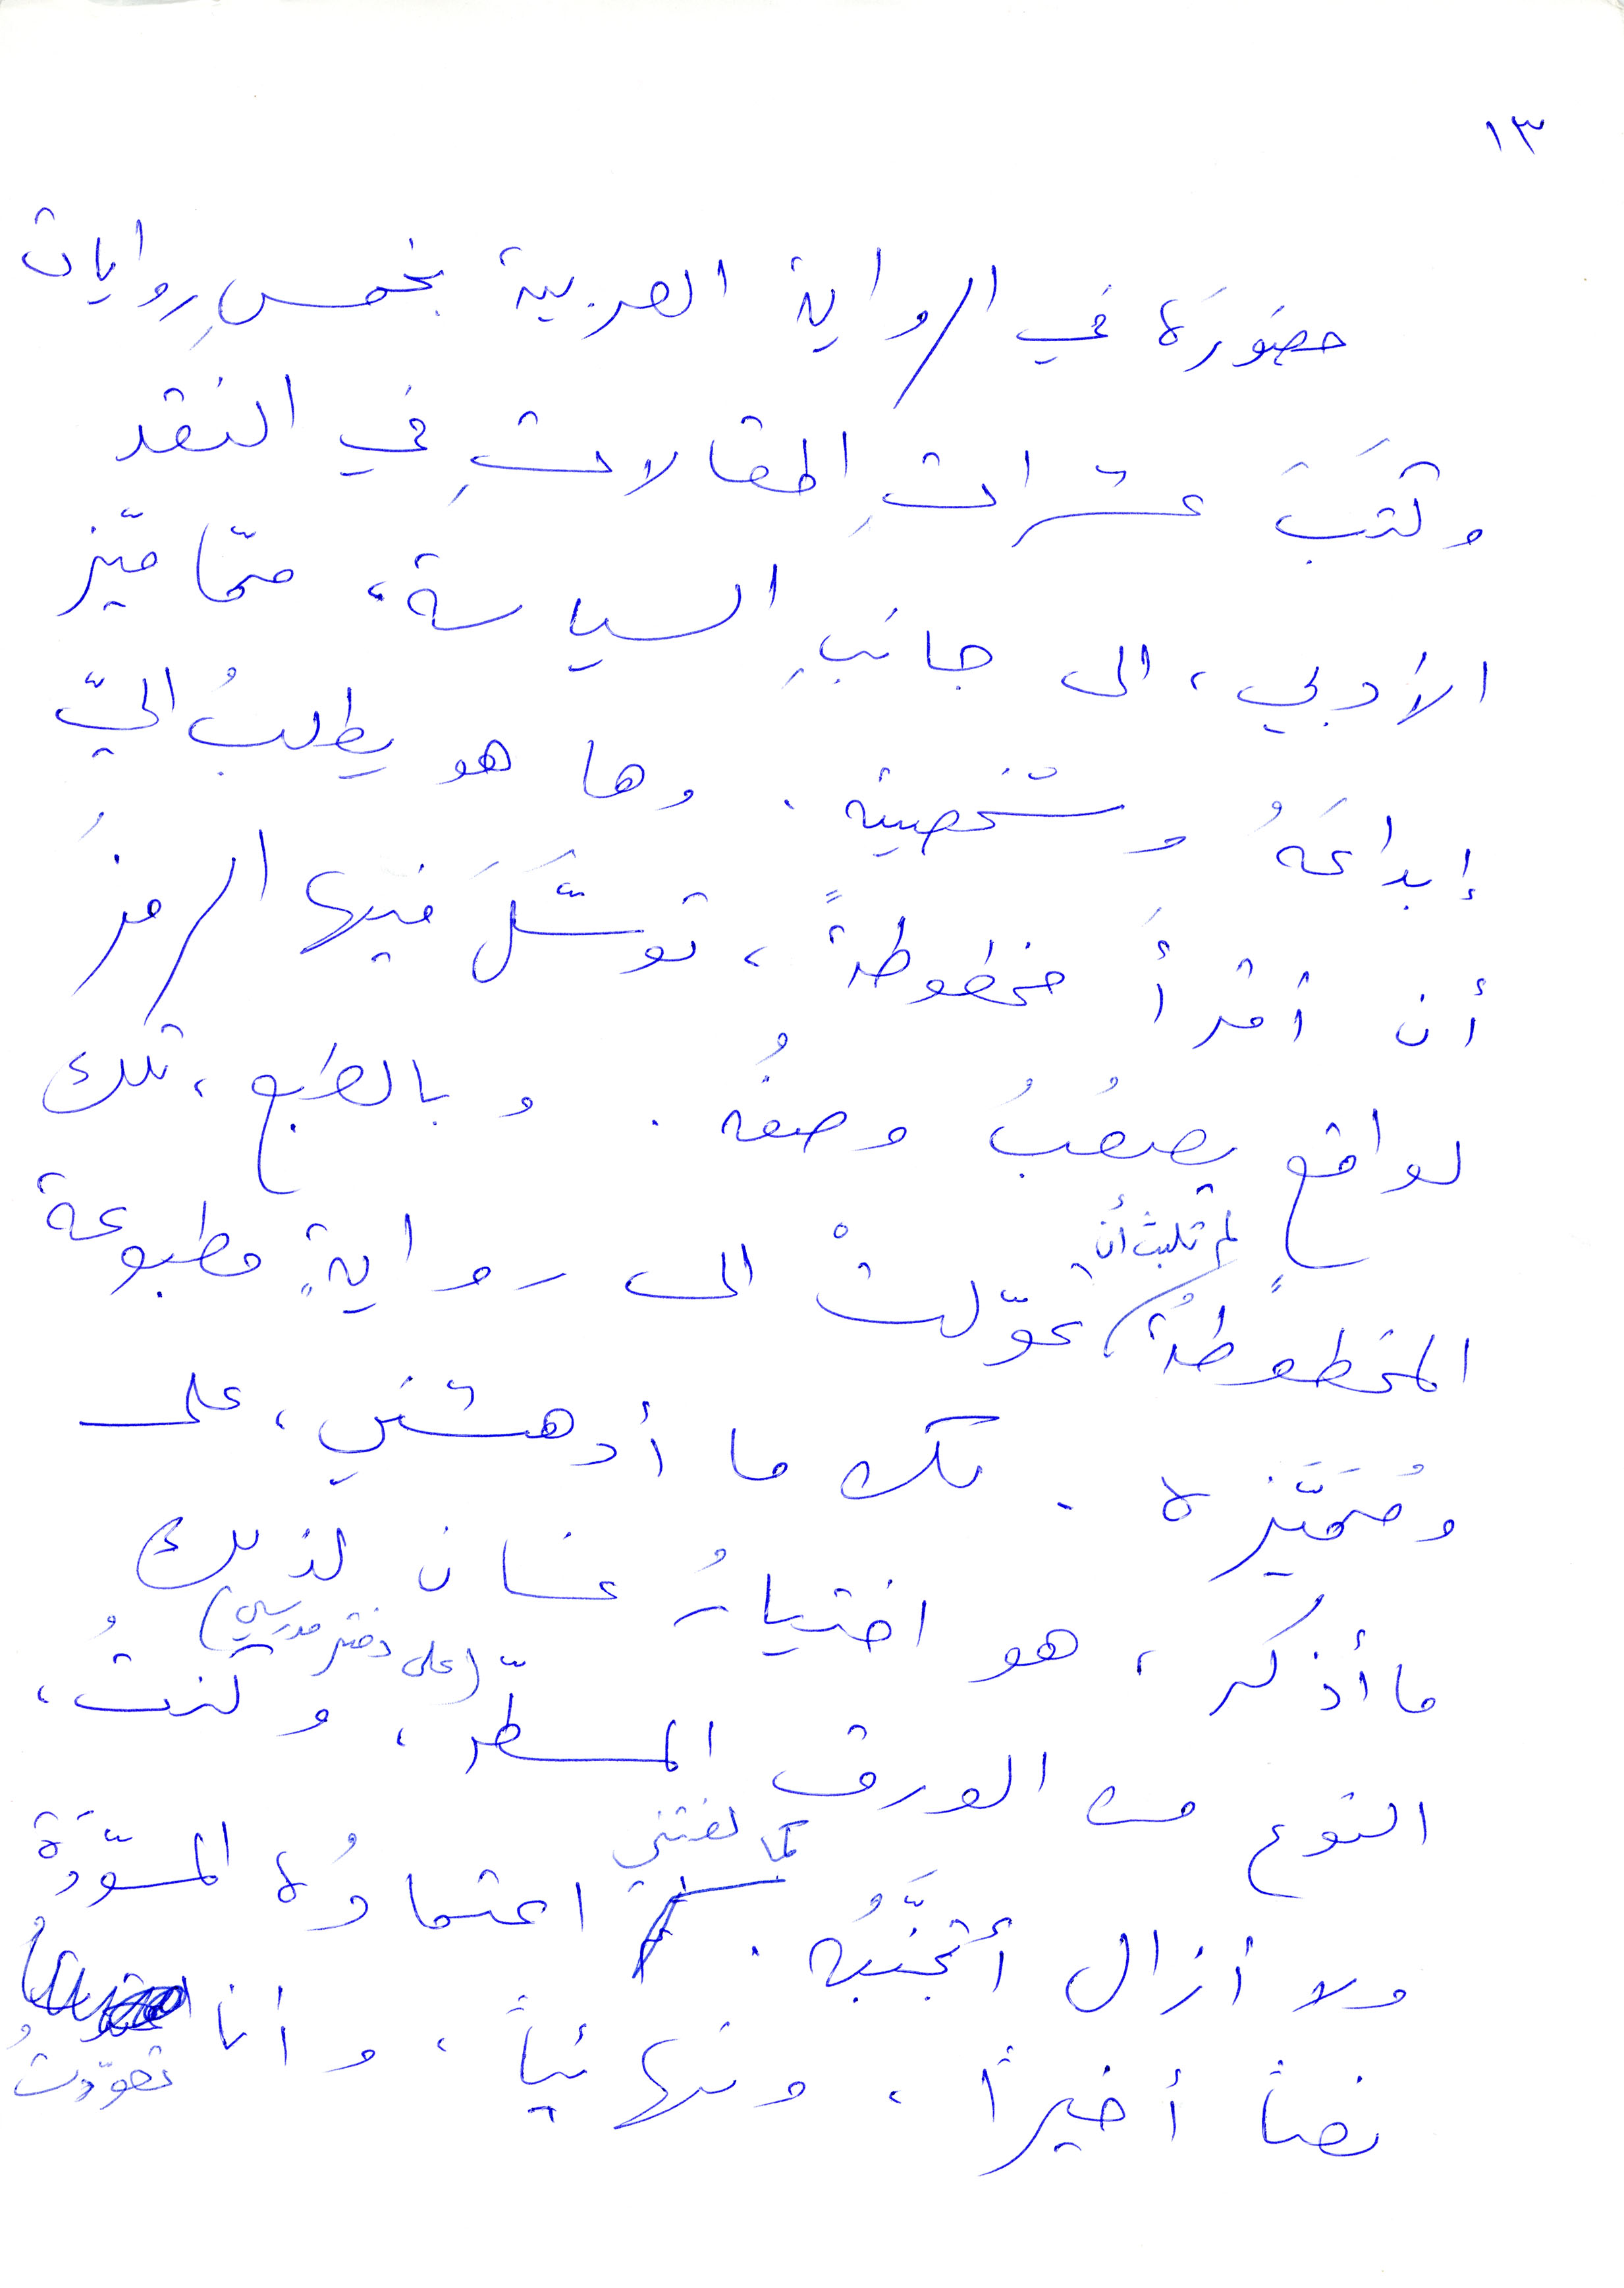
١٣
حضوره في الرواية العربية بخمس روايات
وكتب عشرات المقالات في النقد
الأدبي، الى جانب السياسة، ممّا ميّز
ابداعه وشخصيته. وها هو يطلب غليّ
ان أقرأ مخطوطة، وتوسَّل فيها الرمز
لواقع يصعب وصفُه. وبالطبع، تلك
المخطوطة لم تلبث ان تحوّلت الى رواية مطبوعة
ومتميّزة. لكن ما ادهشني، على
ما أذكر، هو اختيار غسان لذلك
النوع من الورق المسطّر (على دفتر مدرسي). وكنتُ
ولا أزال أتجنّبه. كما لفتني اعتادُه المسودَّة
نصًا أخيرًا، ونهائيًا، وأنا تعوّدتُ